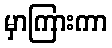
မှာကြားကာ